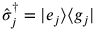
\hat { \sigma } _ { j } ^ { \dagger } = | e _ { j } \rangle \langle g _ { j } |